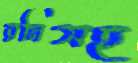
রনিসহ